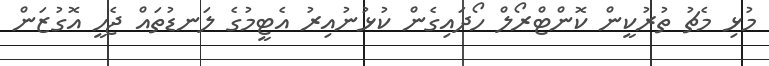
މުޅި މެޗު ތުރުކީން ކޮންޓްރޯލް ހޯދައިގެން ކުޅުނުއިރު އެޓީމުގެ ލަނޑުތައް ޖެހީ އޮގުޒަން